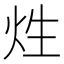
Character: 𤇣